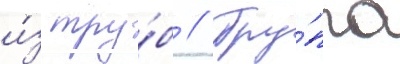
и́з тру́б // Гру́ппа